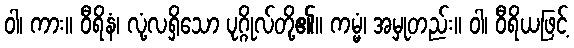
ဝါ၊ ကား။ ဝီရိနံ၊ လုံ့လရှိသော ပုဂ္ဂိုလ်တို့၏။ ကမ္မံ၊ အမှုတည်း။ ဝါ၊ ဝီရိယဖြင့်